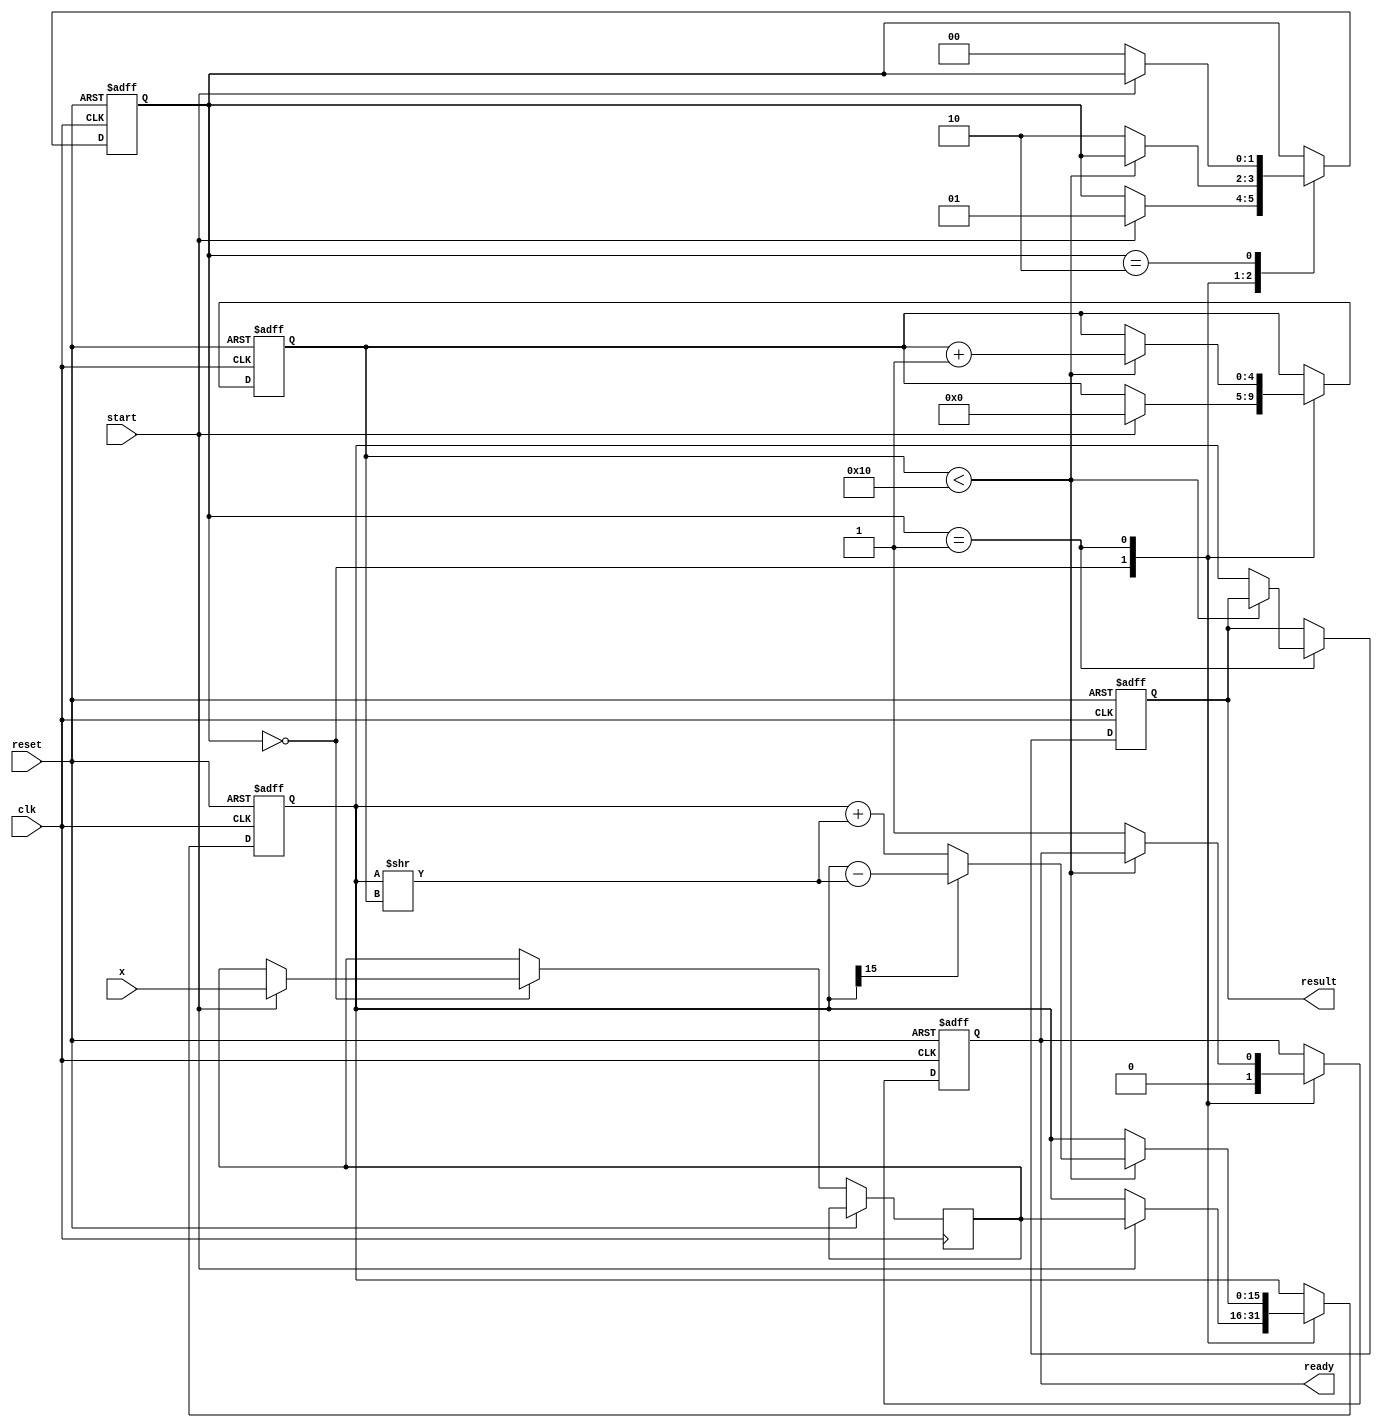
module cordic_reciprocal #(
    parameter N = 16, // Number of bits for fixed-point representation
    parameter ITERATIONS = 16 // Number of CORDIC iterations
)(
    input  wire [N-1:0] x,      // Input value
    input  wire clk,             // Clock signal
    input  wire reset,           // Reset signal
    input  wire start,           // Start signal
    output reg  [N-1:0] result,  // Result of the reciprocal calculation
    output reg  ready            // Ready signal
);

    // Internal registers
    reg [N-1:0] current_approx; // Current approximation of reciprocal
    reg [N-1:0] x_reg;          // Register for input x
    reg [4:0] iteration_count;  // Iteration counter
    reg [1:0] state;            // State machine state

    // State encoding
    localparam IDLE       = 2'b00;
    localparam CALCULATE  = 2'b01;
    localparam DONE       = 2'b10;

    // CORDIC rotation angles (in fixed-point representation)
    reg [N-1:0] angles [0:ITERATIONS-1];

    // Initialize angles (arctan(2^-i) for i = 0 to ITERATIONS-1)
    initial begin
        angles[0] = 16'h1C71; // arctan(1) in fixed-point
        angles[1] = 16'h0D8D; // arctan(0.5)
        angles[2] = 16'h05A8; // arctan(0.25)
        // ... Fill in the rest of the angles
        angles[3] = 16'h028A; // arctan(0.125)
        angles[4] = 16'h0142; // arctan(0.0625)
        // Continue for all iterations...
        angles[5] = 16'h00A1; // etc.
        angles[6] = 16'h0051;
        angles[7] = 16'h0028;
        angles[8] = 16'h0014;
        angles[9] = 16'h000A;
        angles[10] = 16'h0005;
        angles[11] = 16'h0002;
        angles[12] = 16'h0001;
        angles[13] = 16'h0000;
        angles[14] = 16'h0000;
        angles[15] = 16'h0000;
    end

    // State machine and CORDIC logic
    always @(posedge clk or posedge reset) begin
        if (reset) begin
            state <= IDLE;
            result <= 0;
            ready <= 0;
            iteration_count <= 0;
            current_approx <= 0;
        end else begin
            case (state)
                IDLE: begin
                    ready <= 0;
                    if (start) begin
                        x_reg <= x; // Load input
                        // Initial approximation (fixed-point multiplication)
                        current_approx <= x_reg; // This could be a better approximation
                        iteration_count <= 0;
                        state <= CALCULATE;
                    end
                end

                CALCULATE: begin
                    if (iteration_count < ITERATIONS) begin
                        // CORDIC iteration logic
                        if (current_approx[N-1] == 1'b0) begin
                            current_approx <= current_approx + (current_approx >> iteration_count);
                        end else begin
                            current_approx <= current_approx - (current_approx >> iteration_count);
                        end
                        // Update the angle based on the iteration
                        iteration_count <= iteration_count + 1;
                    end else begin
                        result <= current_approx; // Final result
                        ready <= 1; // Indicate that the result is ready
                        state <= DONE; // Move to DONE state
                    end
                end

                DONE: begin
                    if (!start) begin
                        state <= IDLE; // Go back to IDLE state
                    end
                end
            endcase
        end
    end

endmodule